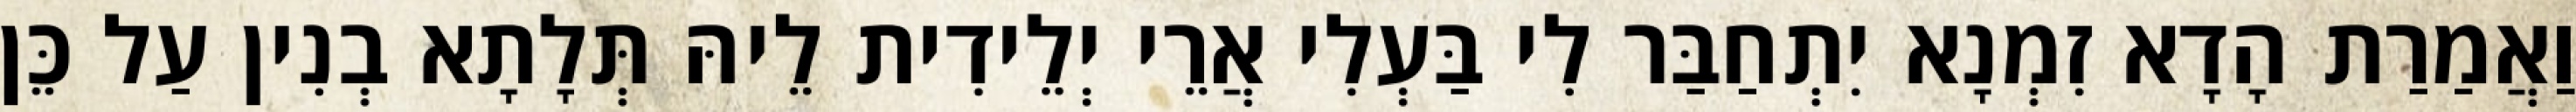
וַאֲמַרַת הָדָא זִמְנָא יִתְחַבַּר לִי בַּעְלִי אֲרֵי יְלֵידִית לֵיהּ תְּלָתָא בְנִין עַל כֵּן